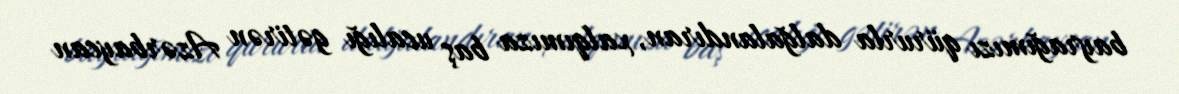
bayrağımızı qürurla dalğalandıran, xalqımıza baş ucalığı gətirən Azərbaycan